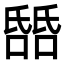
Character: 𬇎